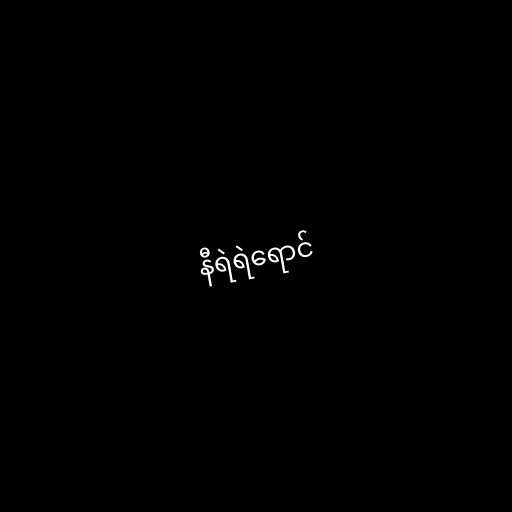
နီရဲရဲရောင်